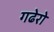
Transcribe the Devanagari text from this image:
गढेरो